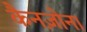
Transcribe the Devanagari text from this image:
कैनज़ोना